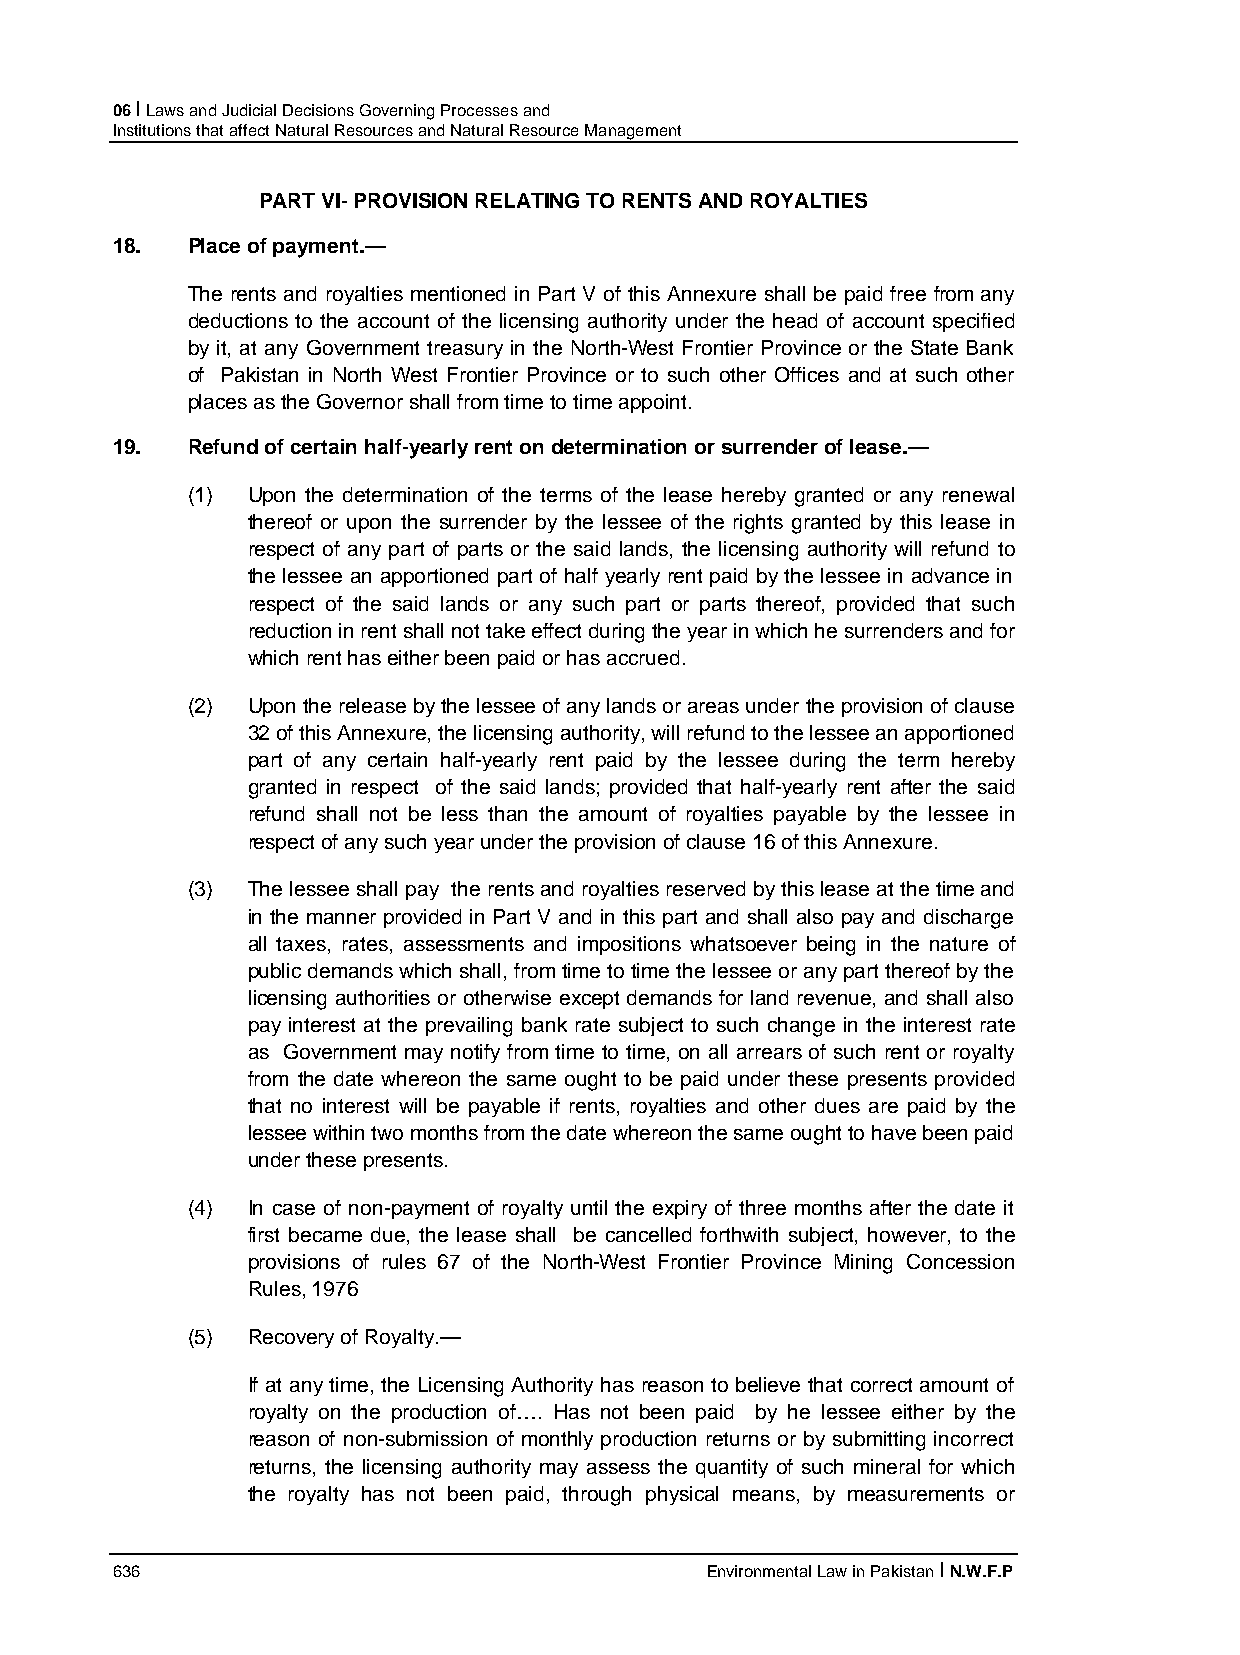
06 I Laws and Judicial Decisions Governing Processes and
 Institutions that affect Natural Resources and Natural Resource Management
 PART VI- PROVISION RELATING TO RENTS AND ROYALTIES
 18.  Place of payment.—
 The rents and royalties mentioned in Part V of this Annexure shall be paid free from any
 deductions to the account of the licensing authority under the head of account specified
 by it, at any Government treasury in the North-West Frontier Province or the State Bank
 of Pakistan in North West Frontier Province or to such other Offices and at such other
 places as the Governor shall from time to time appoint.
 19.  Refund of certain half-yearly rent on determination or surrender of lease.—
 (1) Upon the determination of the terms of the lease hereby granted or any renewal
 thereof or upon the surrender by the lessee of the rights granted by this lease in
 respect of any part of parts or the said lands, the licensing authority will refund to
 the lessee an apportioned part of half yearly rent paid by the lessee in advance in
 respect of the said lands or any such part or parts thereof, provided that such
 reduction in rent shall not take effect during the year in which he surrenders and for
 which rent has either been paid or has accrued.
 (2) Upon the release by the lessee of any lands or areas under the provision of clause
 32 of this Annexure, the licensing authority, will refund to the lessee an apportioned
 part of any certain half-yearly rent paid by the lessee during the term hereby
 granted in respect of the said lands; provided that half-yearly rent after the said
 refund shall not be less than the amount of royalties payable by the lessee in
 respect of any such year under the provision of clause 16 of this Annexure.
 (3) The lessee shall pay the rents and royalties reserved by this lease at the time and
 in the manner provided in Part V and in this part and shall also pay and discharge
 all taxes, rates, assessments and impositions whatsoever being in the nature of
 public demands which shall, from time to time the lessee or any part thereof by the
 licensing authorities or otherwise except demands for land revenue, and shall also
 pay interest at the prevailing bank rate subject to such change in the interest rate
 as Government may notify from time to time, on all arrears of such rent or royalty
 from the date whereon the same ought to be paid under these presents provided
 that no interest will be payable if rents, royalties and other dues are paid by the
 lessee within two months from the date whereon the same ought to have been paid
 under these presents.
 (4) In case of non-payment of royalty until the expiry of three months after the date it
 first became due, the lease shall be cancelled forthwith subject, however, to the
 provisions of rules 67 of the North-West Frontier Province Mining Concession
 Rules, 1976
 (5) Recovery of Royalty.—
 If at any time, the Licensing Authority has reason to believe that correct amount of
 royalty on the production of…. Has not been paid by he lessee either by the
 reason of non-submission of monthly production returns or by submitting incorrect
 returns, the licensing authority may assess the quantity of such mineral for which
 the royalty has not been paid, through physical means, by measurements or
 636                                     Environmental Law in Pakistan I N.W.F.P